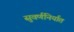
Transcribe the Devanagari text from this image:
सुवर्णनिर्यात